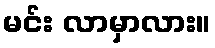
မင်း လာမှာလား။